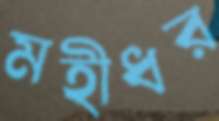
মহীধর